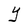
Character: Y